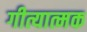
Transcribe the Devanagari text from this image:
गीत्यात्मक